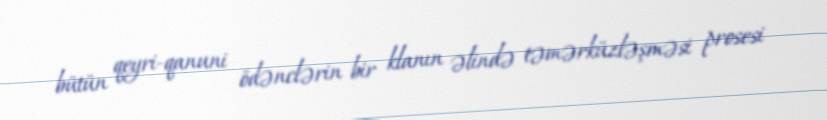
bütün qeyri-qanuni ödənclərin bir klanın əlində təmərküzləşməsi prosesi